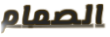
الصمام